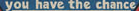
you have the chance